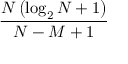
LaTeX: \frac { N \left( \log _ { 2 } N + 1 \right) } { N - M + 1 }